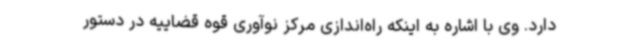
دارد. وی با اشاره به اینکه راه‌اندازی مرکز نوآوری قوه قضاییه در دستور